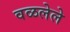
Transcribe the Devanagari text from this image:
वळलेले